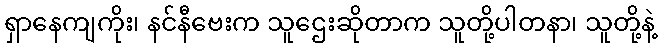
ရှာနေကျကိုး၊ နင်နီဗေးက သူဌေးဆိုတာက သူတို့ပါတနာ၊ သူတို့နဲ့